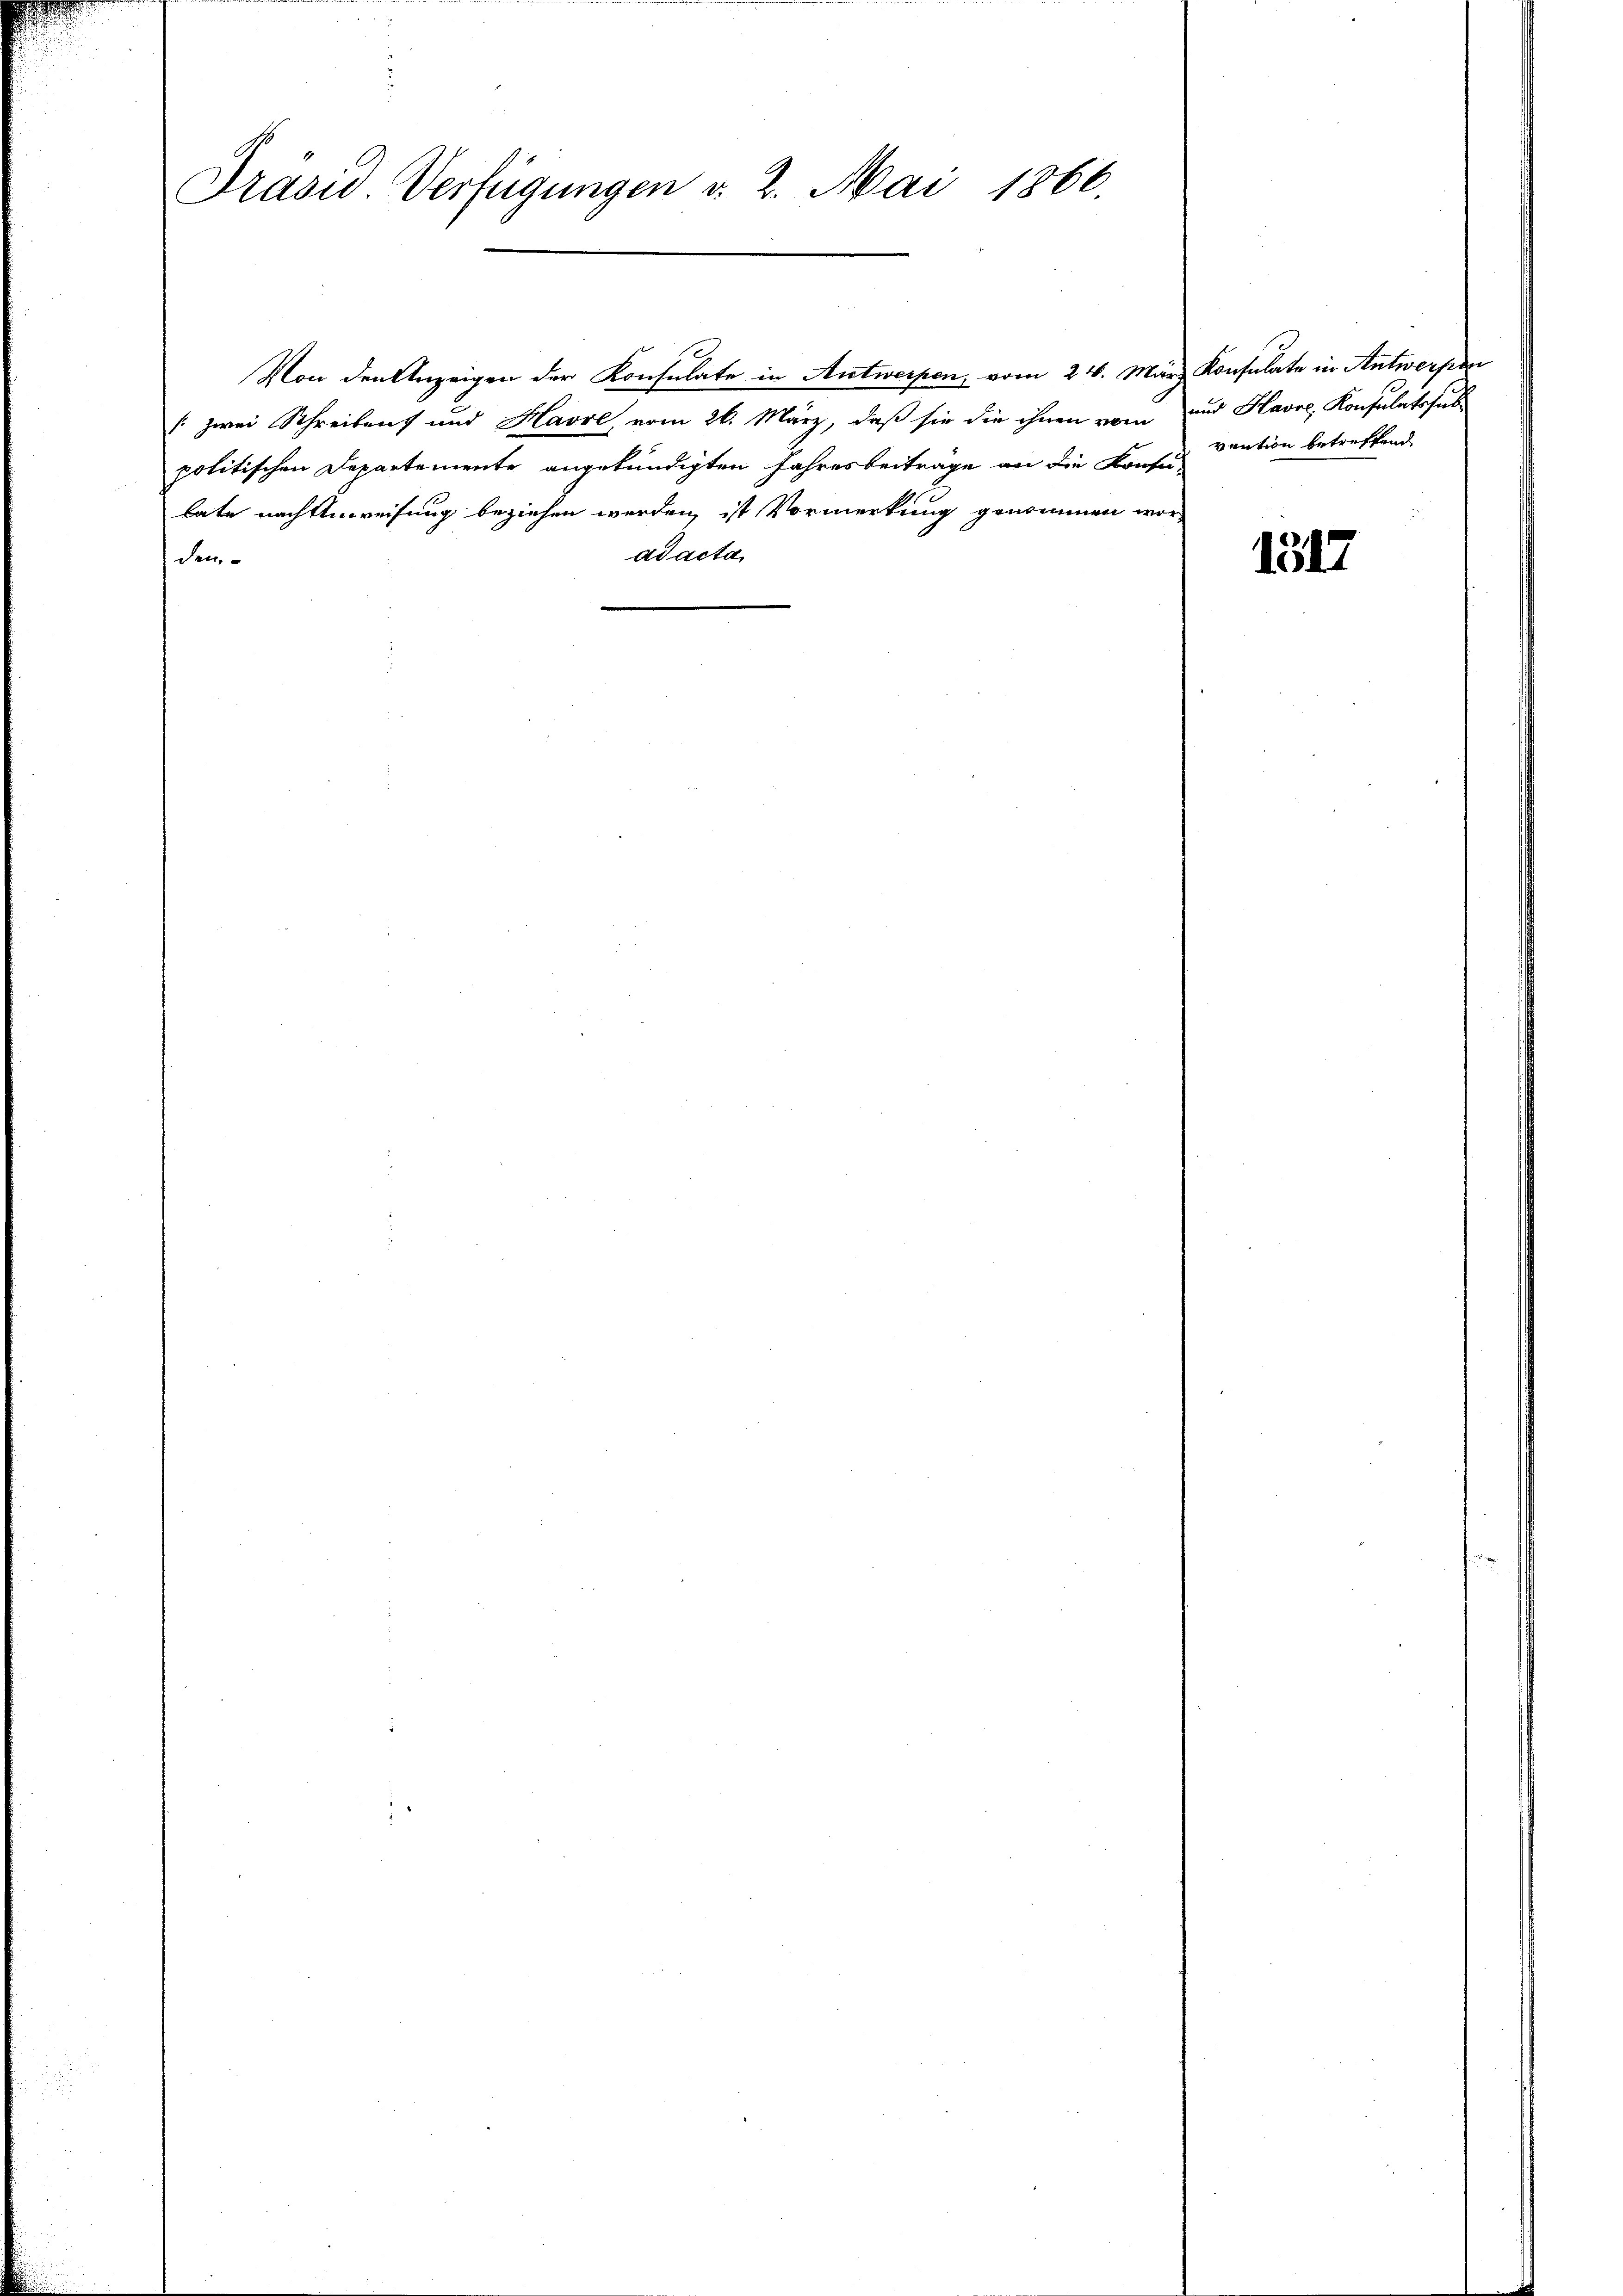
Präsid. Verfügungen v. 2. Mai 1866.

[zwei Schreibens und Havre, vom 26. März, daß sie die ihnen vom
politischen Departemente angekündigten Jahresbeiträge an die Konse vention betreffend
late nachtenweisung beziehen werden, ist Vormerkung genommen worad acta
den,

Von den Anzeigen der Konsulate in Antwerpen, vom 24. März Konsulate in Antwerfen

und Havre Konsulatssub

1312